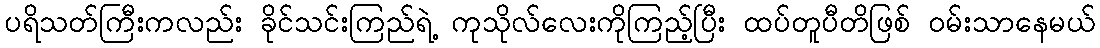
ပရိသတ်ကြီးကလည်း ခိုင်သင်းကြည်ရဲ့ ကုသိုလ်လေးကိုကြည့်ပြီး ထပ်တူပီတိဖြစ် ဝမ်းသာနေမယ်